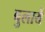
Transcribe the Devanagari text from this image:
बुलायें